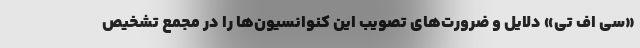
«سی اف تی» دلایل و ضرورت‌های تصویب این کنوانسیون‌ها را در مجمع تشخیص